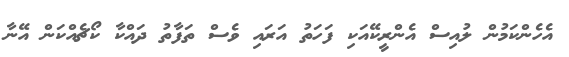
އެހެންކަމުން ލުއިސް އެންރީކޭއަކި ފަހަތު އަރައި ވެސް ތަފާތު ދައްކާ ކޯޗެއްކަން އޭނާ